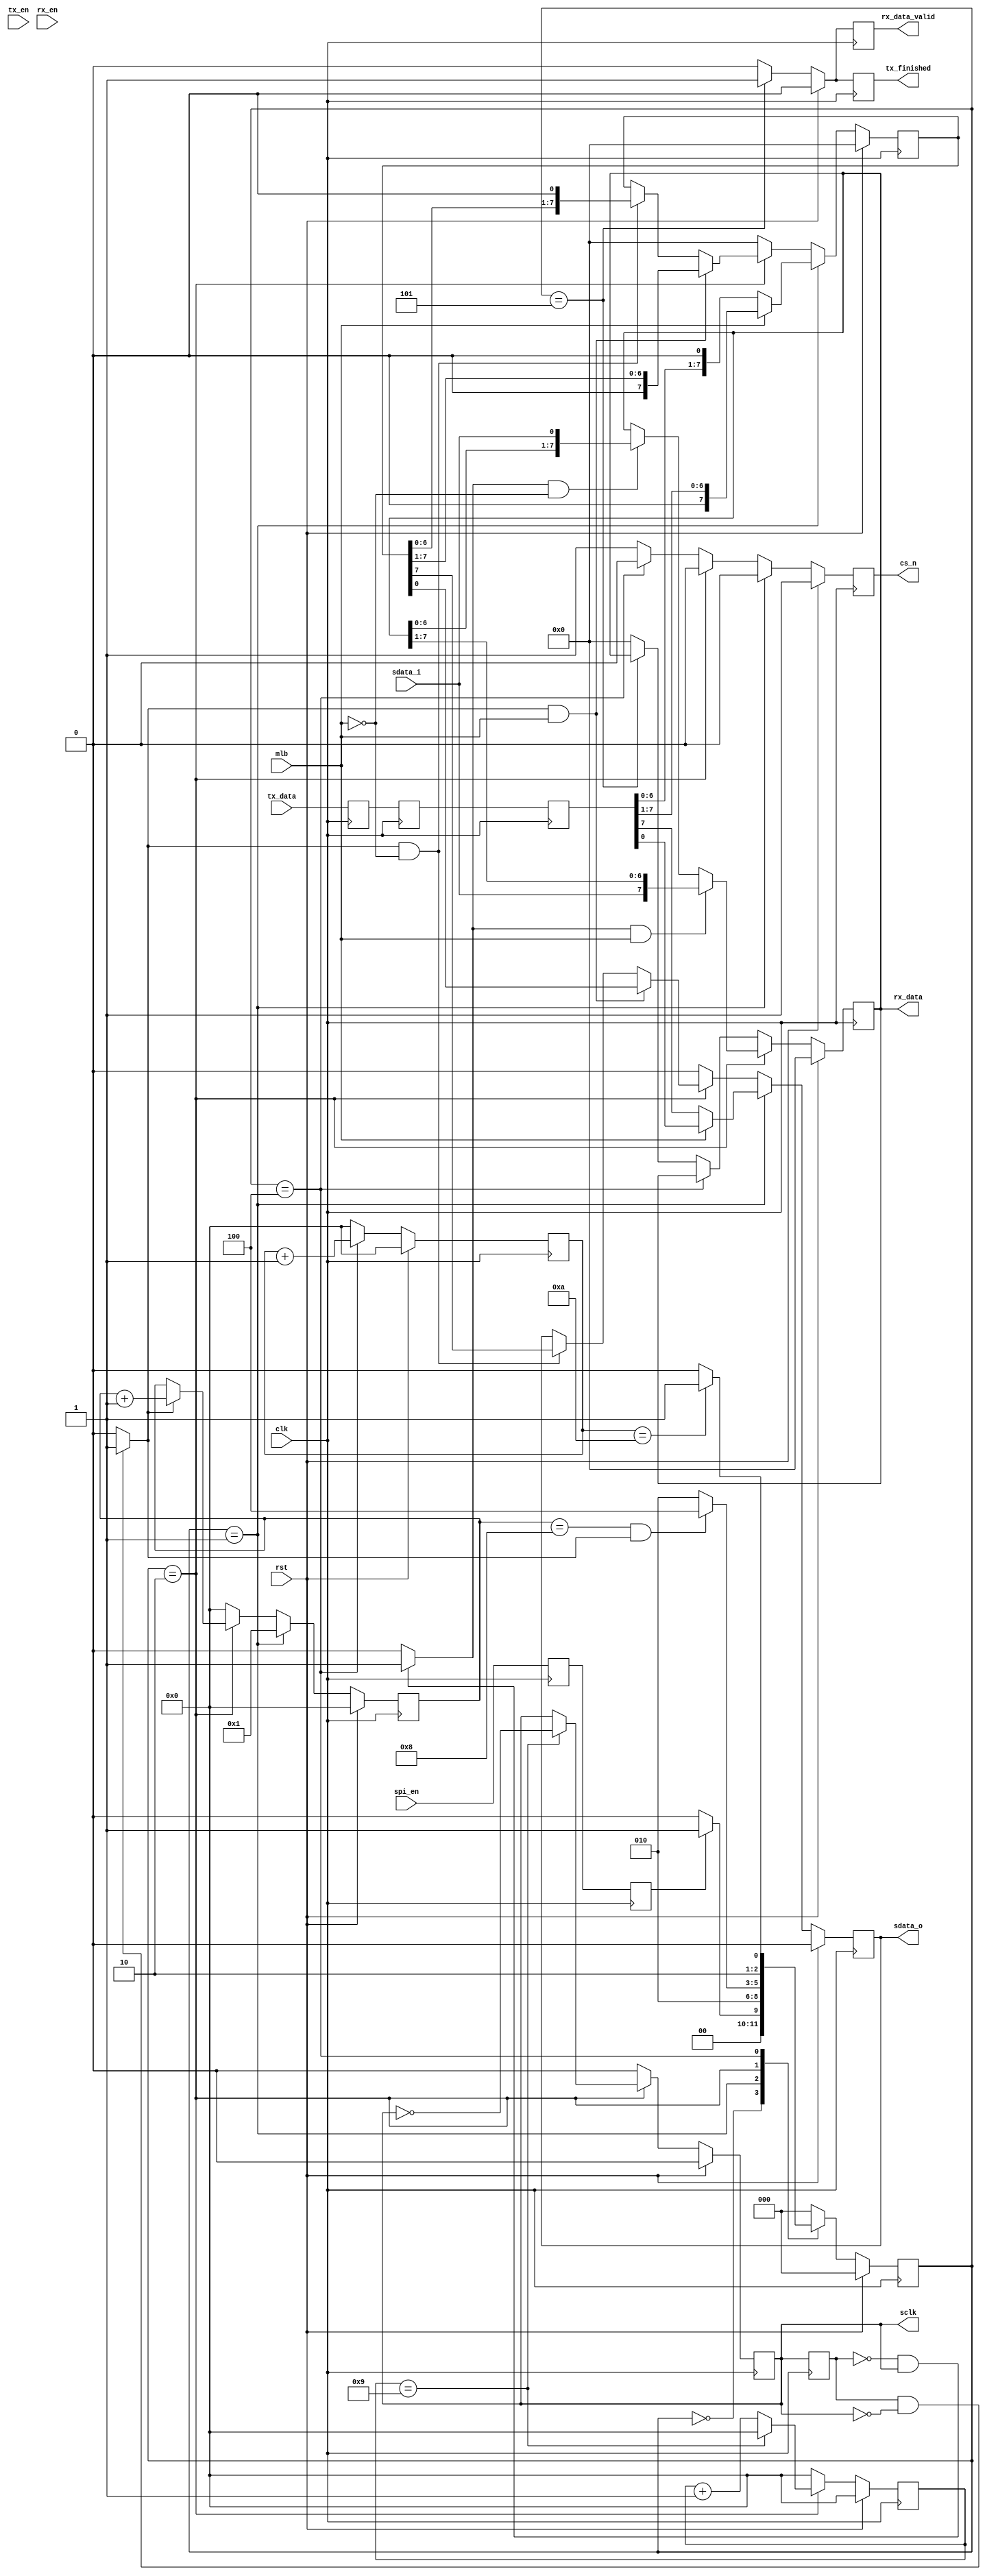
`timescale 1ns / 1ps
//////////////////////////////////////////////////////////////////////////////////
// Company: 
// Engineer: 
// 
// Design Name: 
// Module Name: spi_master
// Project Name: 
// Target Devices: 
// Tool Versions: 
// Description: 
// 
// Dependencies: 
//   SPI MODE 3
//      change data @negedge
//      read data @posedge
// Revision:
// Revision 0.01 - File Created
// Additional Comments:
// 
//////////////////////////////////////////////////////////////////////////////////


module spi_master #
(
    parameter               CLK_DIV     = 10,    // base on 100MHz clk
    parameter               DATA_WIDTH  = 8 // data width 8/16/32 bit
//    parameter               MLB = 0         // 0-MSB 1-LSB
 )
(
    input                   clk,
    input                   rst,
    
    input                   spi_en,
    input                   mlb, // 0-MSB 1-LSB
    input                   tx_en,
    input [DATA_WIDTH-1:0]  tx_data,
    output reg              tx_finished,
    input                   rx_en,
    output [DATA_WIDTH-1:0] rx_data,
    output reg              rx_data_valid,
    
    output reg              cs_n,
    output reg              sclk,
    output reg              sdata_o,
    input                   sdata_i
    );
    
localparam      IDLE = 3'b000;
localparam      CS_B = 3'b001;
localparam      SEND = 3'b010;
localparam      WAIT = 3'b100;
localparam      STOP = 3'b101;
    
reg [2:0]           c_state;
reg [2:0]           n_state;

reg [9:0]           clk_cnt; //clock diver counter
reg [9:0]           wait_cnt;
reg [9:0]           tx_data_cnt; 
reg [DATA_WIDTH-1:0]tx_data_reg;
reg [DATA_WIDTH-1:0]tx_data_reg0;
reg [DATA_WIDTH-1:0]tx_data_reg1;
reg [DATA_WIDTH-1:0]tx_data_reg2;
reg [DATA_WIDTH-1:0]rx_data_reg;
reg                 spi_en_reg;
reg                 spi_en_reg0;
reg                 sclk_reg;
wire                sclk_edge_r;
wire                sclk_edge_f;
//
always @(posedge clk) begin
    spi_en_reg0 <= spi_en;
    spi_en_reg  <= spi_en_reg0;
end
always @(posedge clk) begin
    tx_data_reg0 <= tx_data;
    tx_data_reg1 <= tx_data_reg0;
    tx_data_reg2 <= tx_data_reg1;
end
//
always @(posedge clk) begin
    if(rst) begin
        c_state     <= IDLE;
    end else begin
        c_state     <= n_state;
    end
end
always @(*) begin
    n_state = c_state;
    case(c_state)
        IDLE: begin
            if(spi_en_reg) begin
                n_state = CS_B;
            end else begin
                n_state = IDLE;
            end
        end
        CS_B: begin
            n_state = SEND;
        end
        SEND: begin
            if((tx_data_cnt == DATA_WIDTH) && sclk_edge_f) begin
                n_state = WAIT;
            end else begin
                n_state = SEND;
            end
        end
        WAIT: begin
            if(wait_cnt == CLK_DIV) begin
                n_state = STOP;
            end else begin
                n_state = WAIT;
            end
        end
        STOP: begin
            n_state = IDLE;
        end
        default: begin
            n_state = IDLE;
        end
    endcase
end
    
//cs_n
always @(posedge clk) begin
    if(rst) begin
        cs_n    <= 1'b1;
    end else if(c_state == CS_B) begin
        cs_n    <= 1'b0;
    end else if(c_state == SEND) begin
        cs_n    <= 1'b0;
    end else if(c_state == WAIT) begin
        cs_n    <= 1'b0;
    end else if(c_state == STOP) begin
        cs_n    <= 1'b1;
    end else begin
        cs_n    <= 1'b1;
    end
end

//sclk
always @(posedge clk) begin
    if(rst) begin
        clk_cnt     <= 10'd0;
    end else if(c_state == SEND) begin
        if(clk_cnt == (CLK_DIV-1)) begin
            clk_cnt     <= 10'd0;
        end else begin
            clk_cnt     <= clk_cnt + 1;
        end
    end else begin
        clk_cnt     <= 10'd0;
    end
end
always @(posedge clk) begin
    if(rst) begin
        sclk        <= 1'b0;
    end else if(c_state == SEND) begin
        if(clk_cnt == (CLK_DIV-1)) begin
            sclk        <= ~sclk;
        end else begin
            sclk        <= sclk;
        end
    end else begin
        sclk        <= 1'b0;
    end
end
always @(posedge clk) begin
    sclk_reg <= sclk;
end
assign sclk_edge_r = ((!sclk_reg) && (sclk)) ? 1'b1 : 1'b0;
assign sclk_edge_f = ((sclk_reg) && (!sclk)) ? 1'b1 : 1'b0;
//sdata_o
always @(posedge clk) begin
    if(rst) begin
        sdata_o     <= 1'b0;
        tx_data_reg <= 0;
    end else if(c_state == CS_B)begin
        if(mlb) begin  //LSB 
            sdata_o     <= tx_data_reg2[0];
            tx_data_reg <= {1'b0,tx_data_reg2[DATA_WIDTH-1:1]};
        end else begin //MSB 
            sdata_o     <= tx_data_reg2[DATA_WIDTH-1];
            tx_data_reg <= {tx_data_reg2[DATA_WIDTH-2:0],1'b0};
        end
    end else if(c_state ==SEND)begin
        if(sclk_edge_f && mlb) begin //LSB
            sdata_o     <= tx_data_reg[0];
            tx_data_reg <= {1'b0,tx_data_reg[DATA_WIDTH-1:1]};
        end else if(sclk_edge_f &&(!mlb)) begin //MSB
            sdata_o     <= tx_data_reg[DATA_WIDTH-1];
            tx_data_reg <= {tx_data_reg[DATA_WIDTH-2:0],1'b0};
        end else begin
            sdata_o     <= sdata_o;
            tx_data_reg <= tx_data_reg;
        end
    end else begin
        sdata_o     <= 1'b0;
        tx_data_reg <= 0;
    end
end
//tx_data_cnt
always @(posedge clk) begin
    if(rst) begin
        tx_data_cnt <= 10'd0;
    end else if(c_state == CS_B) begin
        tx_data_cnt <= 10'd1;
    end else if(c_state == SEND) begin
        if(sclk_edge_f) begin
            tx_data_cnt <= tx_data_cnt + 1;
        end else begin
            tx_data_cnt <= tx_data_cnt;
        end
    end else begin
        tx_data_cnt <= 10'd0;
    end
end
//
always @(posedge clk) begin
    if(rst) begin
        tx_finished <= 1'b0;
    end else if(c_state == STOP) begin
        tx_finished <= 1'b1;
    end else begin
        tx_finished <= 1'b0;
    end
end
always @(posedge clk) begin
    if(rst) begin
        rx_data_valid <= 1'b0;
    end else if(c_state == STOP) begin
        rx_data_valid <= 1'b1;
    end else begin
        rx_data_valid <= 1'b0;
    end
end
//
always @(posedge clk) begin
    if(rst) begin
        rx_data_reg <= 0;
    end else if(c_state == SEND) begin
        if(sclk_edge_r && mlb) begin //LSB
            rx_data_reg <= {sdata_i,rx_data_reg[DATA_WIDTH-1:1]};
        end else if(sclk_edge_r &&(!mlb)) begin
            rx_data_reg <= {rx_data_reg[DATA_WIDTH-2:0],sdata_i};
        end else begin
            rx_data_reg <= rx_data_reg;
        end
    end else if(c_state == WAIT) begin
        rx_data_reg <= rx_data_reg;
    end else if(c_state == STOP) begin
        rx_data_reg <= rx_data_reg;
    end else begin
        rx_data_reg <= 0;
    end
end
assign rx_data = rx_data_reg;
//wait_cnt
always @(posedge clk) begin
    if(rst) begin
        wait_cnt <= 10'd0; 
    end else if(c_state == WAIT) begin
        wait_cnt <= wait_cnt +1;
    end else begin
        wait_cnt <= 10'd0;
    end
end


endmodule